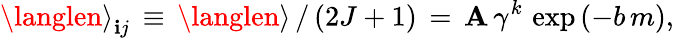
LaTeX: {\langlen\rangle}_{\mathbf{i}j}\, \equiv\, {\langlen\rangle}\, /\, (2J+1)\, =\, \mathbf{A}\, \gamma^{k}\, \exp{(-b\, m)},